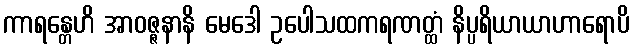
ကာရန္တေဟိ အာဝဇ္ဇနာနိ မေဒေါ ဥပေါသထကရဏတ္ထံ နိပ္ပရိယာယာဟာရောပိ